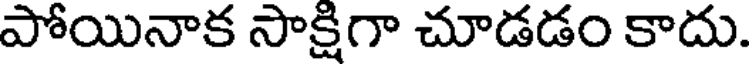
పోయినాక సాక్షిగా చూడడం కాదు.